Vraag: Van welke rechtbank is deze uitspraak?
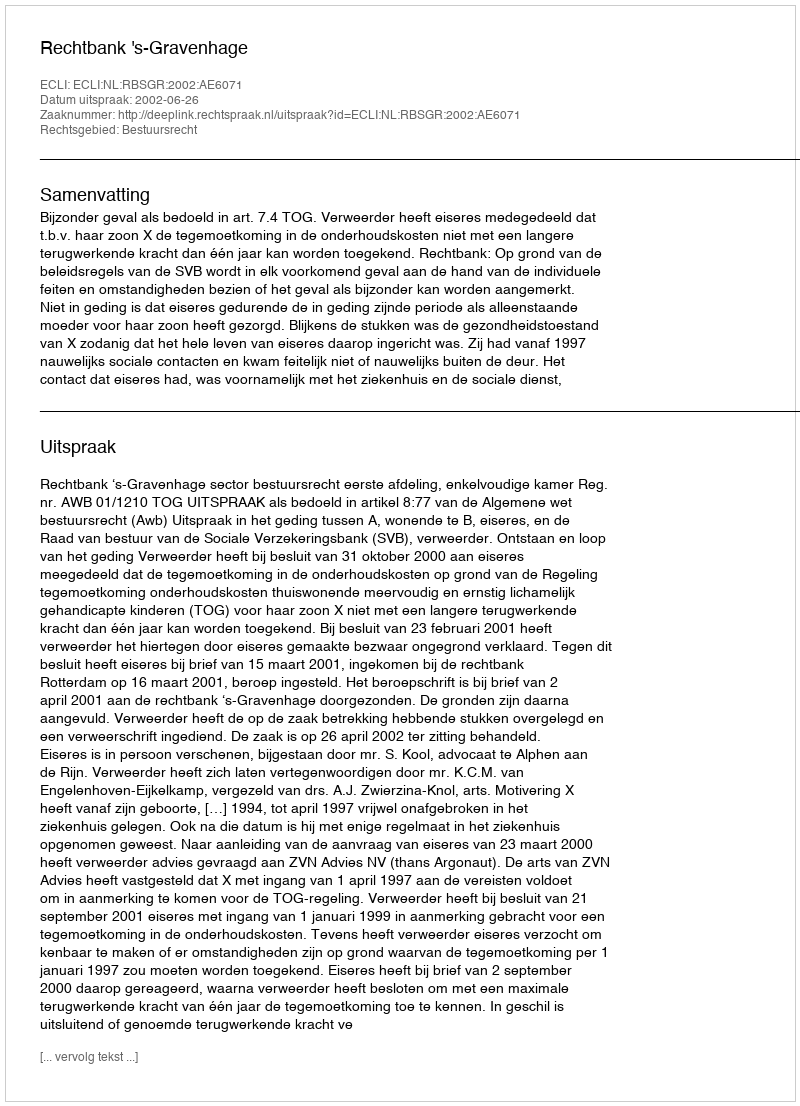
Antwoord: Rechtbank 's-Gravenhage